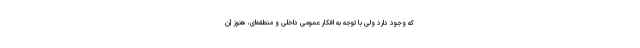
که وجود دارد ولی با توجه به افکار عمومی داخلی و منطقه‌ای، هنوز آن